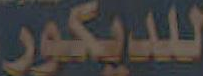
للديكور